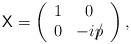
LaTeX: \begin{align*}{\sf X}=\left(\begin{array}{cc}1 & 0 \\0 & -ip\llap/ \end{array}\right),\end{align*}